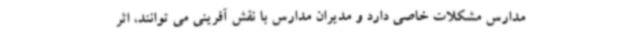
مدارس مشکلات خاصی دارد و مدیران مدارس با نقش آفرینی می توانند، اثر